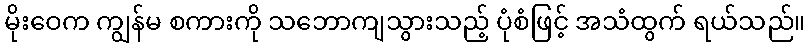
မိုးဝေက ကျွန်မ စကားကို သဘောကျသွားသည့် ပုံစံဖြင့် အသံထွက် ရယ်သည်။